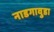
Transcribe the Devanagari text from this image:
नाडगावुडा